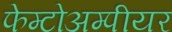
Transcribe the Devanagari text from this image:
फेम्टोअम्पीयर